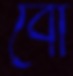
বো